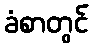
ခံစာတွင်